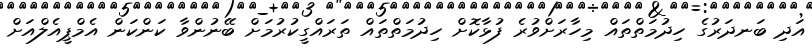
އަދި ބަނދަރުގެ ހިދުމަތްތައް މިހާރަށްވުރެ ފުޅާކޮށް ހިދުމަތްތައް ތަރައްގީކުރުމަށް ބޭނުންވާ ކަންކަން އެމްޕީއެލްއަށް